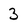
Character: 3